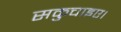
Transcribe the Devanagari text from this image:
सकुचाइए।